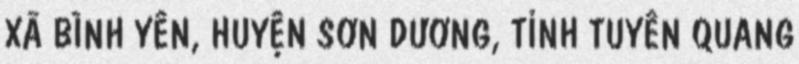
XÃ BÌNH YÊN, HUYỆN SƠN DƯƠNG, TỈNH TUYÊN QUANG